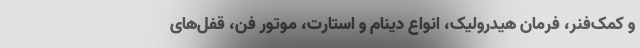
و کمک‌فنر، فرمان هیدرولیک، انواع دینام و استارت، موتور فن، قفل‌های